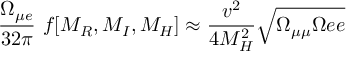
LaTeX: \frac { \Omega _ { \mu e } } { 3 2 \pi } \ f [ M _ { R } , M _ { I } , M _ { H } ] \approx \frac { v ^ { 2 } } { 4 M _ { H } ^ { 2 } } \sqrt { \Omega _ { \mu \mu } \Omega { e e } }